Report on vaccination in the Province of Bengal - 1874-1889
Year: 1874
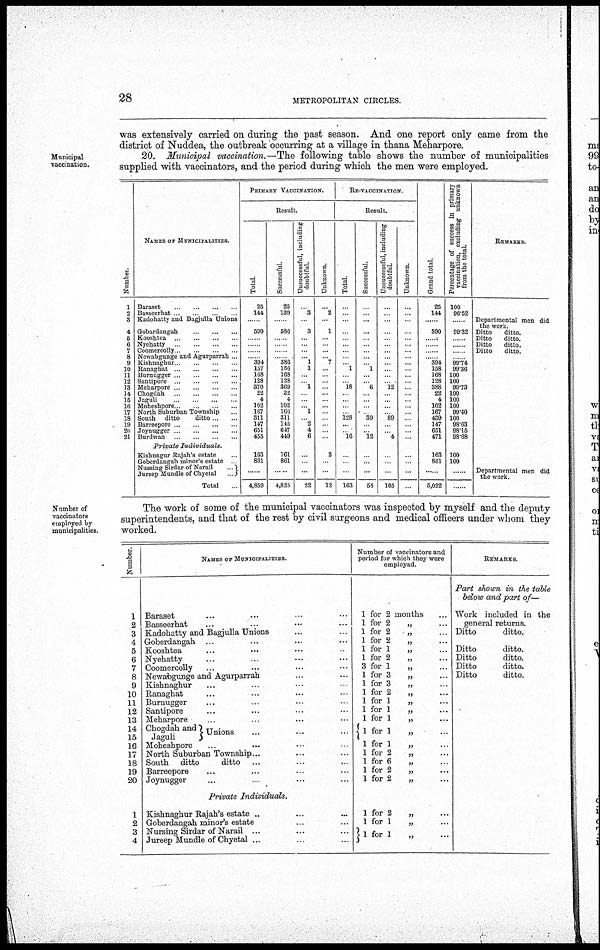
28
METROPOLITAN CIRCLES.
was extensively carried on during the past season. And one report only came from the
district of Nuddea, the outbreak occurring at a village in thana Meharpore.
Municipal
vaccination.
20. Municipal vaccination.—The following table shows the number of municipalities
supplied with vaccinators, and the period during which the men were employed.
1
2
3
4
5
6
7
8
9
10
11
12
13
14
15
16
17
18
10
20
21
NAMES OF MUNICIPALITIES.
Baraset ... ... ... ... ...
Basseerhat ... ... ... ...
Kadohatty and Bagjulla Unions
Gobardangah ... ... ... ...
Kooshtea
...
...
...
...
Nyehatty
...
...
...
...
Coomercolly ... ... ... ...
Newabgunge and Agurparrah ...
Kishnaghur ... ... ... ...
Ranaghat
...
...
...
...
Burnugger ... ... ... ...
Santipore
...
...
...
...
Meharpore ... ... ... ...
Chogdah
...
...
...
...
Jaguli ... ... ... ...
Moheshpore ... ... ...
North Suburban Township ...
South ditto
ditto . ...
Barreepore ... ... ... ...
Joynugger ... ... ... ...
Burdwan
...
...
...
...
Private
Individuals.
Kishnagur Rajah's estate ...
Goberdangah minor's estate
Nussing Sirdar of Narail
...
Jureep Mundle of Chyetal
...
Total ...
PRIMARY VACCINATION.
Result.
Total.
25
144
...
590
...
...
...
...
394
157
168
128
370
22
4
102
167
311
147
651
455
163
861
......
4,859
Successful.
25
139
...
586
...
...
...
...
386
156
168
128
369
22
4
102
166
311
145
647
449
161
861
......
4,825
Unsuccessful, including
doubtful.
...
3
...
3
...
...
...
...
1
1
...
...
1
...
...
...
1
...
2
4
6
...
...
...
22
Unknown.
...
2
...
1
...
...
...
...
7
...
...
...
...
...
...
...
...
...
...
...
...
2
...
...
12
RE-VACCINATION.
Result.
Total.
...
...
...
...
...
...
...
...
...
1
...
...
18
...
...
...
...
128
...
...
16
...
...
...
163
Successful.
...
...
...
...
...
...
...
...
...
1
...
...
6
...
...
...
...
39
...
...
12
...
...
...
58
Unsuccessful, including
doubtful.
...
...
...
...
...
...
... ...
...
...
...
...
12
...
...
...
...
89
...
...
4
...
...
...
105
Unknown.
...
...
...
...
...
...
...
...
...
...
...
...
...
...
...
...
...
...
...
...
...
...
...
...
...
Grand total.
25
144
......
590
...
...
...
...
394
158
168
128
388
22
4
102
167
439
147
651
471
163
861
...
5,022
Percentage of success in primary
vaccination, excluding unknown
from the total.
100
96.52
......
99.32
......
......
......
......
99.74
99.36
100
100
99.73
100
100
100
99.40
100
98.63
98.15
98.68
100
100
......
......
REMARKS.
Departmental men did
the work.
Ditto
ditto.
Ditto
ditto.
Ditto
ditto.
Ditto
ditto.
Departmental men did
the work.
Number of
vaccinators
employed by
municipalities.
The work of some of the municipal vaccinators was inspected by myself and the deputy
superintendents, and that of the rest by civil surgeons and medical officers under whom they
worked.
Number.
1
2
3
4
5
6
7
8
9
10
11
12
13
14
15
16
17
18
19
20
1
2
3
4
NAMES OF MUNICIPALITIES.
Baraset ... ... ... ...
Basseerhat ... ... ... ...
Kadohatty and Bagjulla Unions ... ...
Goberdangah ... ... ... ...
Kooshtea ... ... ... ...
Nyehatty ... ... ... ...
Coomercolly ... ... ... ...
Newabgunge and Agurparrah ... ...
Kishnaghur ... ... ... ...
Ranaghat ... ... ... ...
Burnugger ... ... ... ...
Santipore ... ... ... ...
Meharpore ... ... ... ...
Chogdah and
Jaguli
Unions ... ... ...
Moheshpore ... ... ... ...
North Suburban Township... ... ...
South ditto
ditto ... ... ...
Barreepore ... ... ... ...
Joynugger ... ... ... ...
Private Individuals.
Kishnaghur Rajah's estate .. ... ...
Goberdangah minor's estate ... ... ...
Nursing Sirdar of Narail ... ... ...
Jureep Mundle of Chyetal ... ... ...
Number of vaccinators and
period for which they were
employad.
1 for 2 months ...
1 for 2
„ ...
1 for 2
„ ...
1 for 2
„ ...
1 for 1
„ ...
1 for 2
„ ...
3 for 1
„ ...
1 for 3
„ ...
1 for 3
„ ...
1 for 2
„ ...
1 for 1
„ ...
1 for 1
„ ...
1 for 1
„ ...
1 for 1 „ ...
1 for 1
„ ...
1 for 2
„ ...
1 for 6
„ ...
1 for 2
„ ...
1 for 2
„ ...
1 for 2
„ ...
1 for 1
„ ...
1 for 1 „ ...
REMARKS
Part shown in the table
below and part of—
Work included in the
general returns.
Ditto
ditto.
Ditto
ditto.
Ditto
ditto.
Ditto
ditto.
Ditto
ditto.